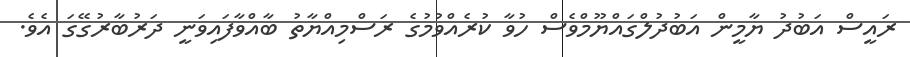
ރައީސް އަބުދު ޔާމީން އަބުދުލްގައްޔޫމްވެސް ހުވާ ކުރެއްވުމުގެ ރަސްމިއްޔާތު ބާއްވާފައިވަނީ ދަރުބާރުގޭގަ އެވެ.